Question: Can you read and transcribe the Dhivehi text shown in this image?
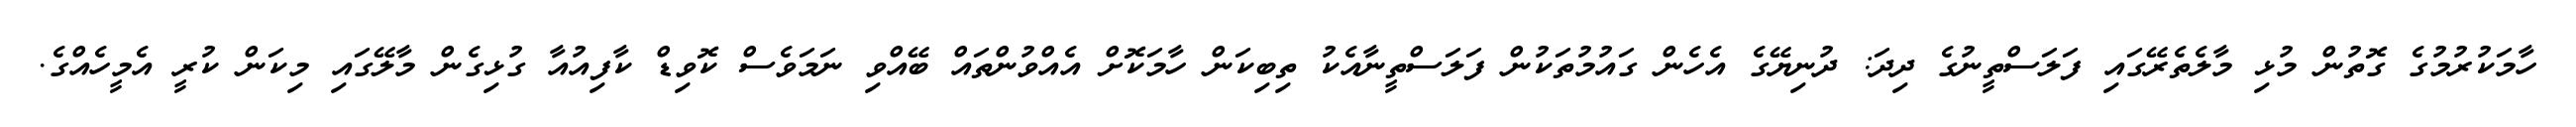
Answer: ހާމަކުރުމުގެ ގޮތުން މުޅި މާލެތެރޭގައި ފަލަސްތީނުގެ ދިދަ: ދުނިޔޭގެ އެހެން ގައުމުތަކުން ފަލަސްތީނާއެކު ތިބިކަން ހާމަކޮށް އެއްވުންތައް ބޭއްވި ނަމަވެސް ކޮވިޑް ކާފިއުއާ ގުޅިގެން މާލޭގައި މިކަން ކުރީ އެމީހެއްގެ.